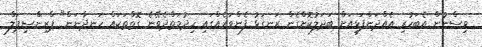
ވިސްނުން އެބަހުރި އެއްދަންފަޅިއަށް ބަދަލުކޮށްގެން ރަނގަޅު ފެންވަރެއްގައި ހިދުމަތްދެވޭނެ ގޮތްތަކައް ހަނދާނަން" ޕްރިންސިޕަލް